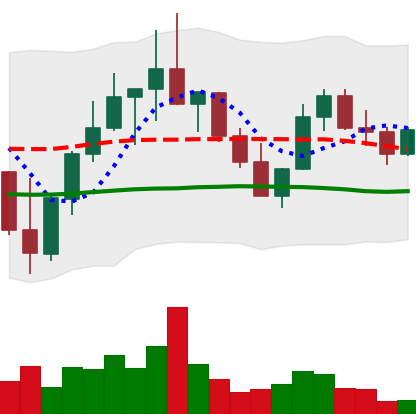
Ticker: LINK-USD
Chart end date: 2022-10-09
Forward return: -9.568%
Label: down_7plus